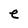
Character: e